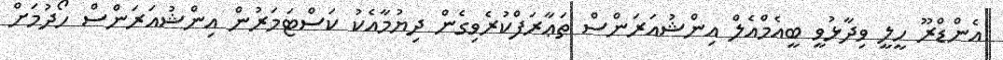
އެންޑްރޫ ހީލީ ވިދާޅުވީ ބީއެމްއެލް އިންޝުއަރަންސް ތަޢާރަފްކުރެވިގެން ދިޔުމާއެކު ކަސްޓަމަރުން އިންޝުއަރަންސް ހޯދުމަށް